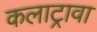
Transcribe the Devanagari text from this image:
कलाट्रावा